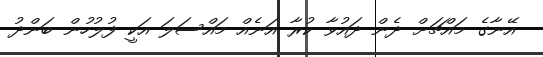
އޭނާގެ މައްޗަށް ދެން ދައުވާ ކުރާ އަނެއް މައްސަލަ އަކީ ފުލުހުން ބަންދު